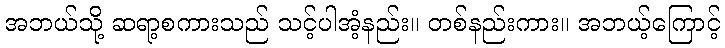
အဘယ်သို့ ဆရာ့စကားသည် သင့်ပါအံ့နည်း။ တစ်နည်းကား။ အဘယ့်ကြောင့်